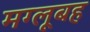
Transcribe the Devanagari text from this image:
मग्लूबह